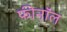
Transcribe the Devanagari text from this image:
फीनॉल